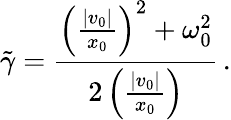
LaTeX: \tilde{\gamma}=\frac{\left(\frac{|v_{0}|}{x_{0}}\right)^{2}+\omega_{0}^{2}}{2\left(\frac{|v_{0}|}{x_{0}}\right)}\, .